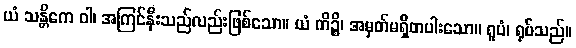
ယံ သန္တိကေ ဝါ၊ အကြင်နီးသည်လည်းဖြစ်သော။ ယံ ကိဉ္စိ၊ အမှတ်မရှိတပါးသော။ ရူပံ၊ ရုပ်သည်။